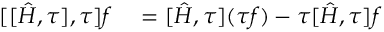
\begin{array} { r l } { [ [ \hat { H } , \tau ] , \tau ] f } & { { } = [ \hat { H } , \tau ] ( \tau f ) - \tau [ \hat { H } , \tau ] f } \end{array}